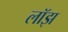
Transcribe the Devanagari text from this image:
लॉझ